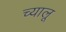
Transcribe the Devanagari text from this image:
च्यालू